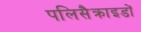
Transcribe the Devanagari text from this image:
पलिसैक्राइडों